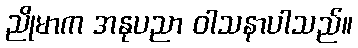
ညိုမာက အနုပညာ ဝါသနာပါသည်။